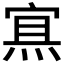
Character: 𰞶